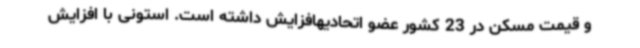
و قیمت مسکن در 23 کشور عضو اتحادیهافزایش داشته است. استونی با افزایش